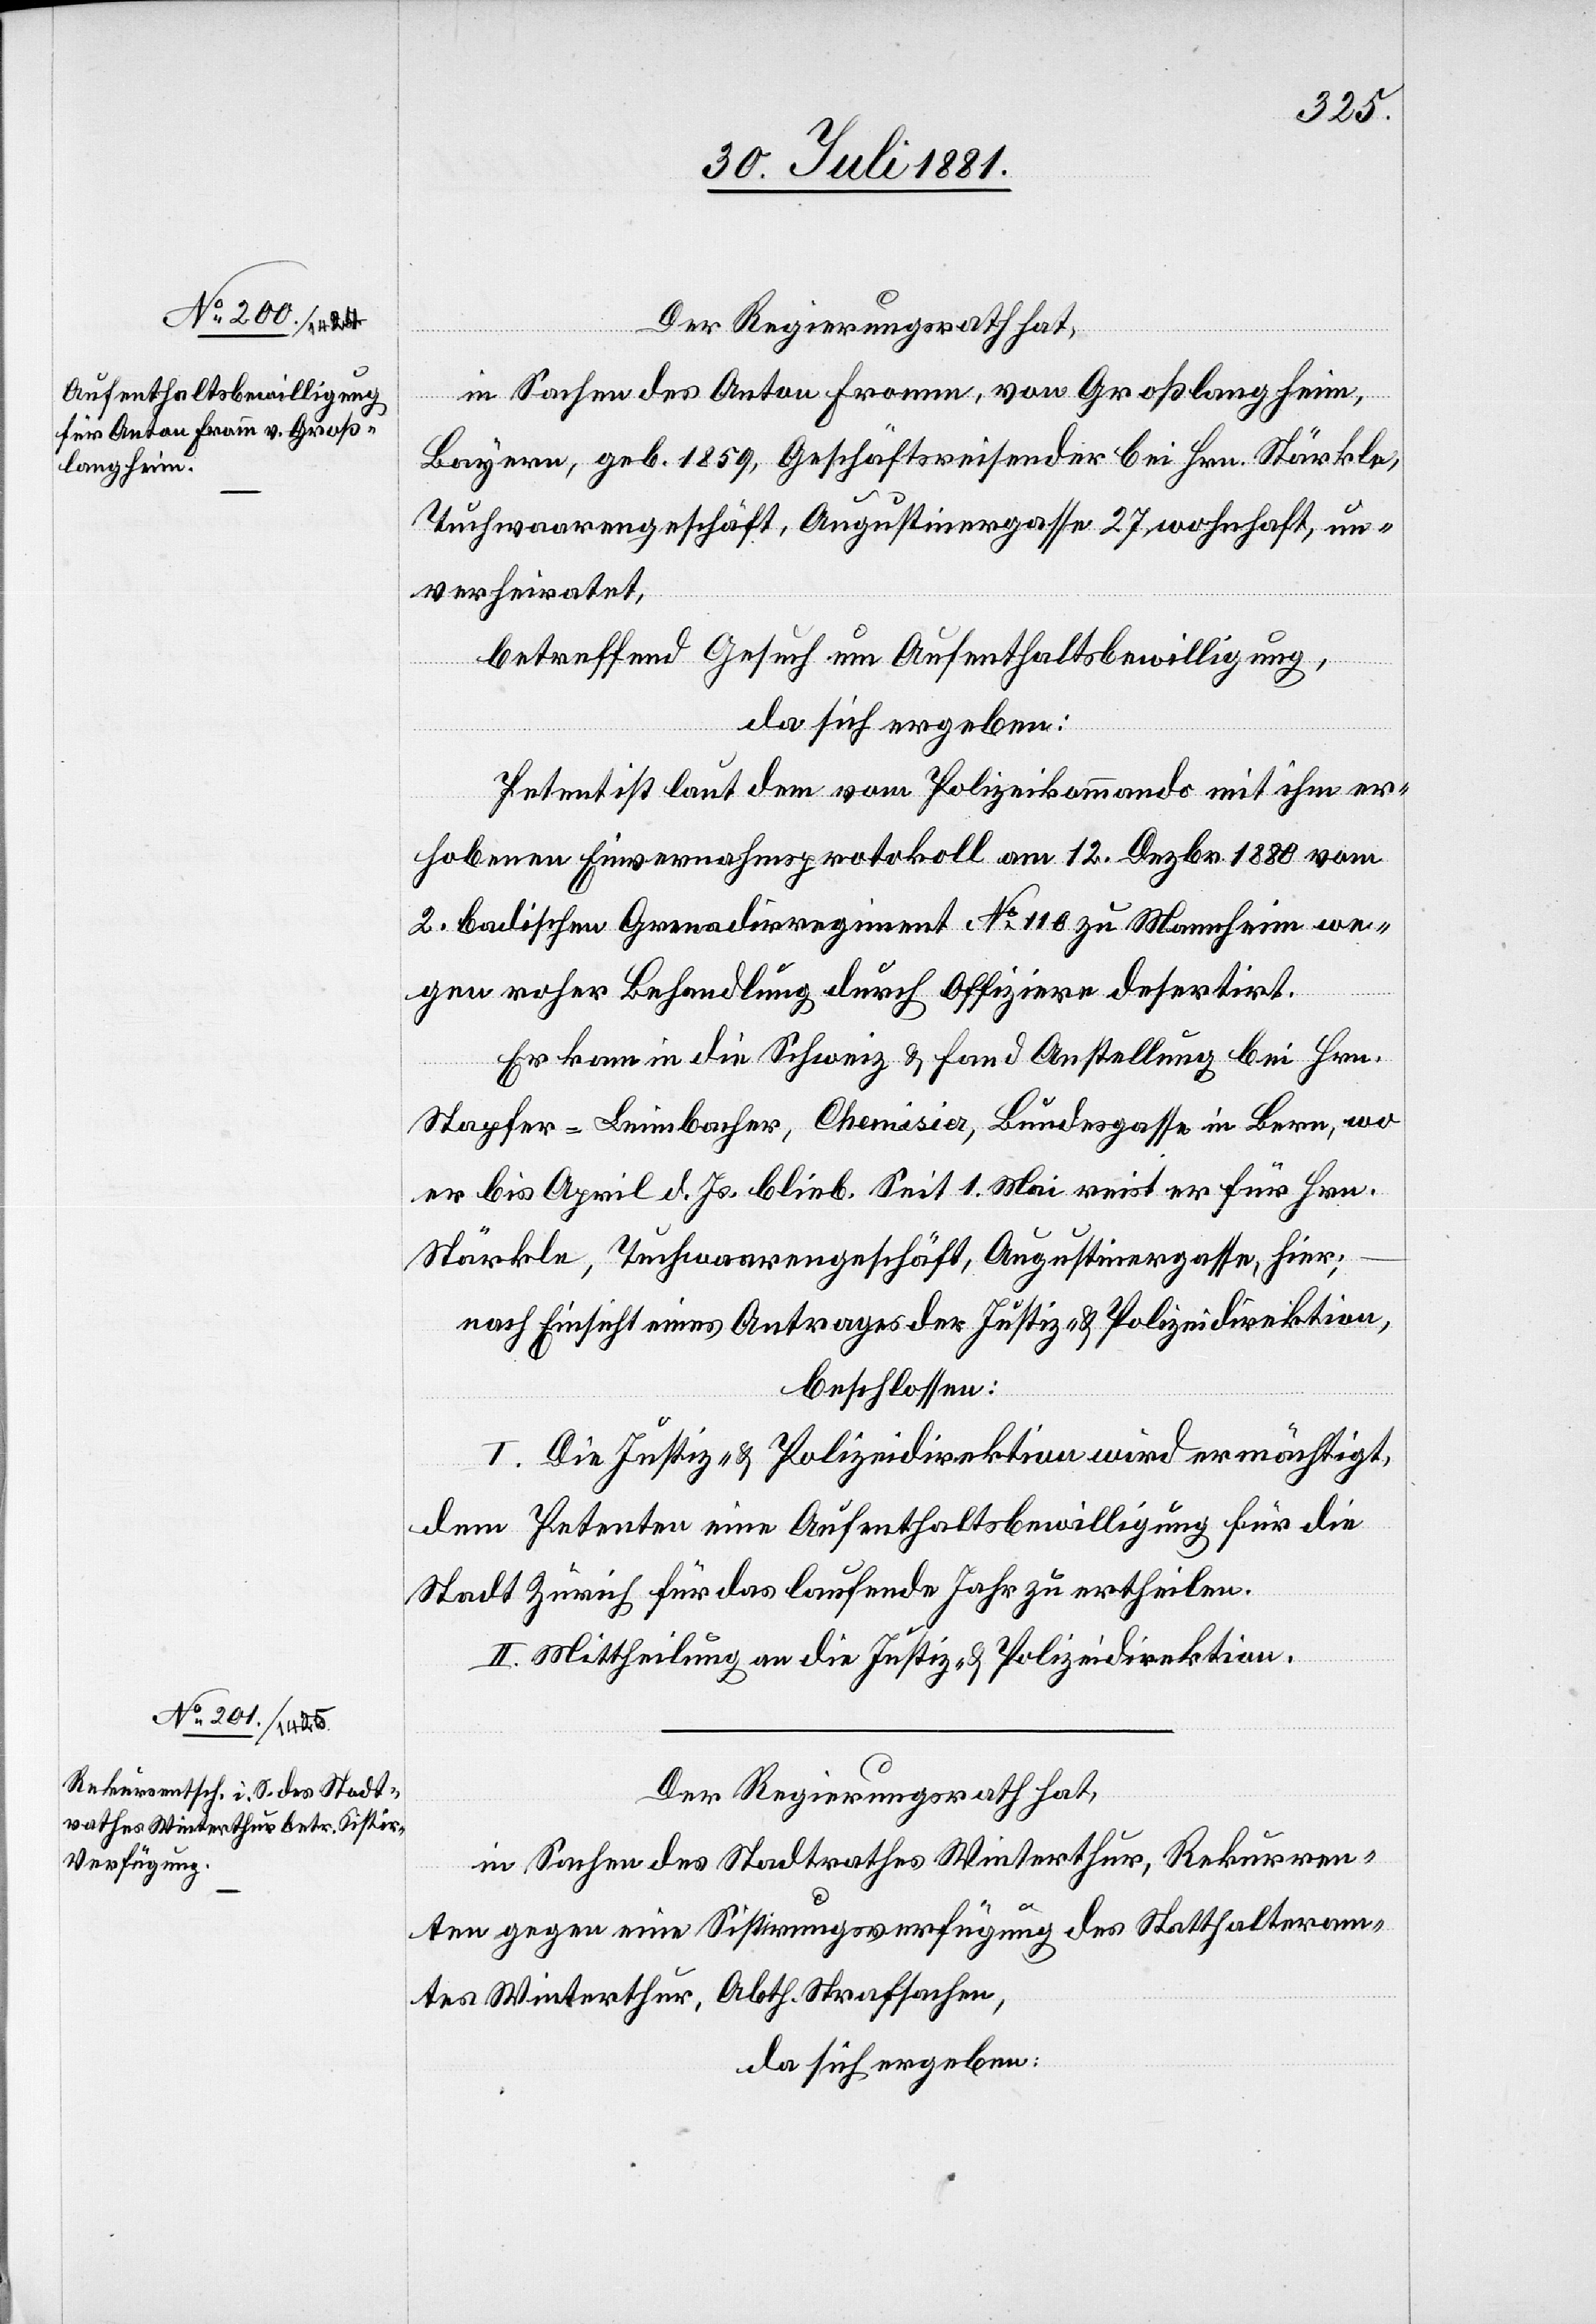
Der Regierungsrath hat,
in Sachen des Anton Fromm, von Großlangheim,
Bayern, geb. 1859, Geschäftsreisender bei Hrn. Stärkle,
Tuchwarengeschäft, Augustinergasse 27, wohnhaft, un¬
verheiratet,
betreffend Gesuch um Aufenthaltsbewilligung,
da sich ergeben:
Petent ist laut dem vom Polizeikommando mit ihm er¬
hobenen Einvernahmsprotokoll am 12. Dezbr. 1880 vom
2. badischen Grenadirregiment No 116 zu Mannheim we¬
gen roher Behandlung durch Offiziere desertirt.
Er kam in die Schweiz & fand Anstellung bei Hrn.
Stayfer-Leimbacher, Chemisier, Bundesgasse in Bern, wo
er bis April d. Js. blieb. Seit 1. Mai reist er für Hrn.
Stärkle, Tuchwarengeschäft, Augustinergasse, hier;
nach Einsicht eines Antrages der Justiz- & Polizeidirektion,
beschlossen:
I. Die Justiz- & Polizeidirektion wird ermächtigt,
dem Petenten eine Aufenthaltsbewilligung für die
Stadt Zürich für das laufende Jahr zu ertheilen.
II. Mittheilung an die Justiz- & Polizeidirektion.
Der Regierungsrath hat,
in Sachen des Stadtrathes Winterthur, Rekurren¬
ten gegen eine Sistirungsverfügung des Statthalteram¬
tes Winterthur, Abth. Strafsachen,
da sich ergeben: